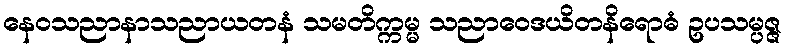
နေဝသညာနာသညာယတနံ သမတိက္ကမ္မ သညာဝေဒယိတနိရောဓံ ဥပသမ္ပဇ္ဇ